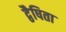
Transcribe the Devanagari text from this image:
द्वैषिता